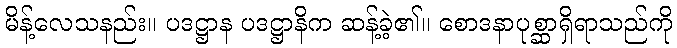
မိန့်လေသနည်း။ ပဒဋ္ဌာန ပဒဋ္ဌာနိက ဆန့်ခဲ့၏။ စောဒနာပုစ္ဆာရှိရာသည်ကို